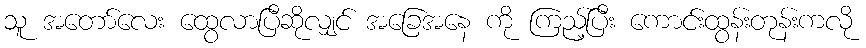
သူ အတော်လေး ထွေလာပြီဆိုလျှင် အခြေအနေ ကို ကြည့်ပြီး ကောင်းထွန်းတုန်းကလို